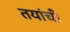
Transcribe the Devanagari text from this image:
तयांची